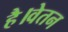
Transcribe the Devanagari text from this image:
है।वेतन